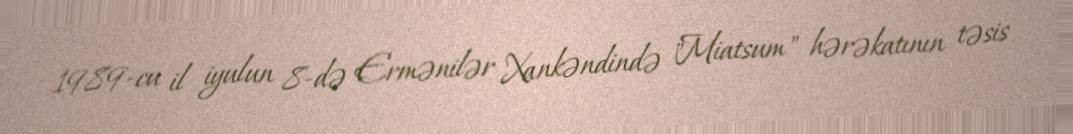
1989-cu il iyulun 8-də Ermənilər Xankəndində "Miatsum" hərəkatının təsis